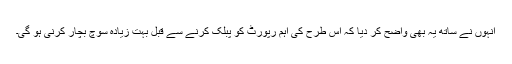
انہوں نے ساتھ یہ بھی واضح کر دیا کہ اس طرح کی اہم رپورٹ کو پبلک کرنے سے قبل بہت زیادہ سوچ بچار کرنی ہو گی۔